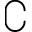
\complement